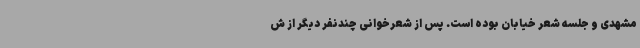
مشهدی و جلسه شعر خیابان بوده است. پس از شعرخوانی چندنفر دیگر از ش